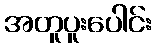
အတူပူးပေါင်း